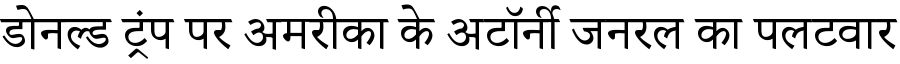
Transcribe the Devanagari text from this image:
डोनल्ड ट्रंप पर अमरीका के अटॉर्नी जनरल का पलटवार